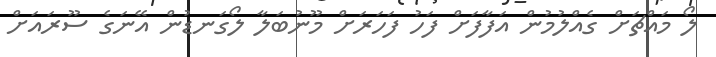
ލޯ މައްޗަށް ގެއްލުމުން އަފާފަށް ފަހު ފަހަރަށް މޫނުބަލާ ލޯގަނޑުން އޭނަގެ ސޫރައަށް